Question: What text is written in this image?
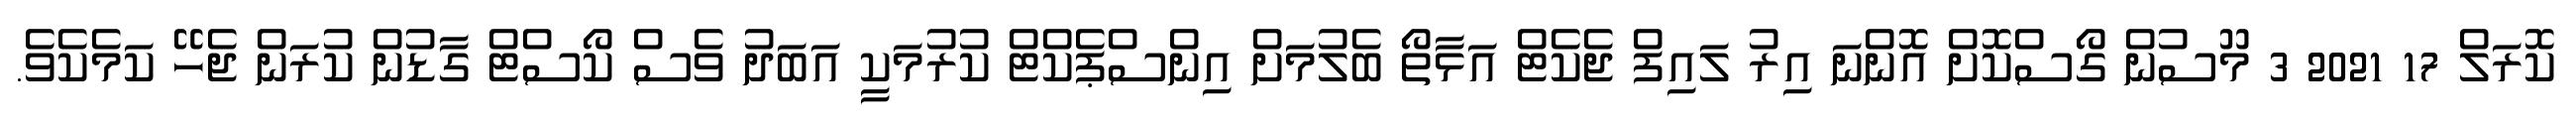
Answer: ކޮރަލް 17 2021 3 މޫސުން ގޯސްކޮށް އޮންނަ އިރު ލައިފް ޖެކެޓް އަޅާތޯ ބެލުމަށް އިންސްޕެކްޓް ކުރުމަކީ އަބަދު ވެސް ކޯސްޓް ގާޑުން ކުރަން ޖެހޭ ކަމެކެވެ.